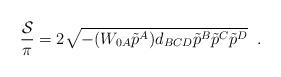
LaTeX: \begin{align*}{{\cal S}\over \pi}= 2 \sqrt { - ( W_{0A} \tilde{p}^A) d_{BCD} \tilde p^B\tilde p^C\tilde p^D}\;\;.\end{align*}